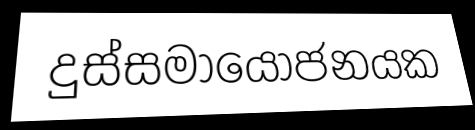
දුස්සමායෝජනයක